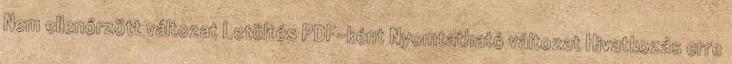
Nem ellenőrzött változat Letöltés PDF-ként Nyomtatható változat Hivatkozás erre